Report on lock hospitals in British Burma
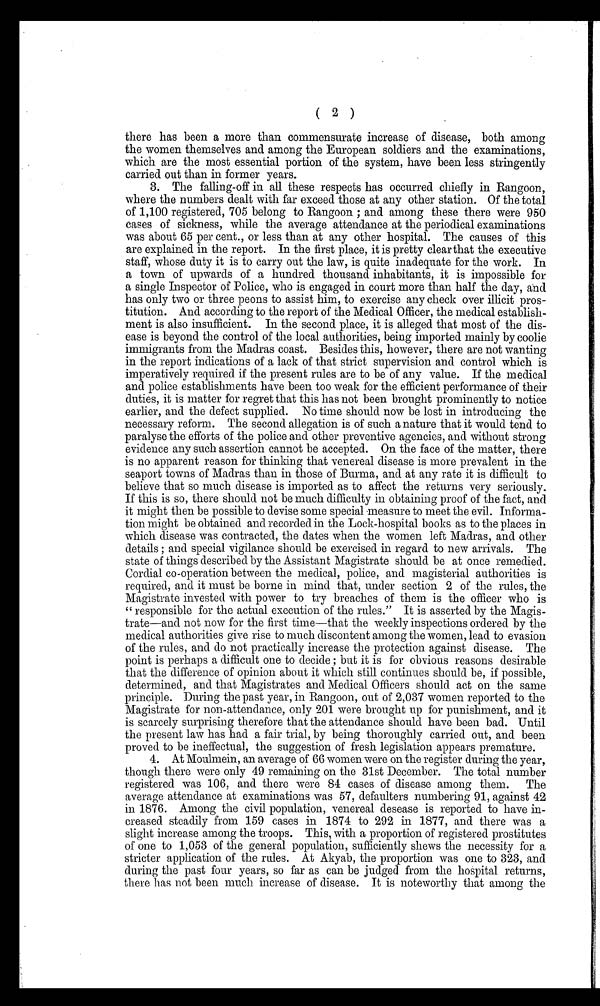
( 2 )
there has been a more than commensurate increase of disease, both among
the women themselves and among the European soldiers and the examinations,
which are the most essential portion of the system, have been less stringently
carried out than in former years.
3. The falling-off in all these respects has occurred chiefly in Rangoon,
where the numbers dealt with far exceed those at any other station. Of the total
of 1,100 registered, 705 belong to Rangoon ; and among these there were 950
cases of sickness, while the average attendance at the periodical examinations
was about 65 per cent., or less than at any other hospital. The causes of this
are explained in the report. In the first place, it is pretty clear that the executive
staff, whose duty it is to carry out the law, is quite inadequate for the work. In
a town of upwards of a hundred thousand inhabitants, it is impossible for
a single Inspector of Police, who is engaged in court more than half the day, and
has only two or three peons to assist him, to exercise any check over illicit pros-
titution. And according to the report of the Medical Officer, the medical establish-
ment is also insufficient. In the second place, it is alleged that most of the dis-
ease is beyond the control of the local authorities, being imported mainly by coolie
immigrants from the Madras coast. Besides this, however, there are not wanting
in the report indications of a lack of that strict supervision and control which is
imperatively required if the present rules are to be of any value. If the medical
and police establishments have been too weak for the efficient performance of their
duties, it is matter for regret that this has not been brought prominently to notice
earlier, and the defect supplied. No time should now be lost in introducing the
necessary reform. The second allegation is of such a nature that it would tend to
paralyse the efforts of the police and other preventive agencies, and without strong
evidence any such assertion cannot be accepted. On the face of the matter, there
is no apparent reason for thinking that venereal disease is more prevalent in the
seaport towns of Madras than in those of Burma, and at any rate it is difficult to
believe that so much disease is imported as to affect the returns very seriously.
If this is so, there should not be much difficulty in obtaining proof of the fact, and
it might then be possible to devise some special measure to meet the evil. Informa-
tion might be obtained and recorded in the Lock-hospital books as to the places in
which disease was contracted, the dates when the women left Madras, and other
details ; and special vigilance should be exercised in regard to new arrivals. The
state of things described by the Assistant Magistrate should be at once remedied.
Cordial co-operation between the medical, police, and magisterial authorities is
required, and it must be borne in mind that, under section 2 of the rules, the
Magistrate invested with power to try breaches of them is the officer who is
"responsible for the actual execution of the rules." It is asserted by the Magis-
trate—and not now for the first time—that the weekly inspections ordered by the
medical authorities give rise to much discontent among the women, lead to evasion
of the rules, and do not practically increase the protection against disease. The
point is perhaps a difficult one to decide ; but it is for obvious reasons desirable
that the difference of opinion about it which still continues should be, if possible,
determined, and that Magistrates and Medical Officers should act on the same
principle. During the past year, in Rangoon, out of 2,037 women reported to the
Magistrate for non-attendance, only 201 were brought up for punishment, and it
is scarcely surprising therefore that the attendance should have been bad. Until
the present law has had a fair trial, by being thoroughly carried out, and been
proved to be ineffectual, the suggestion of fresh legislation appears premature.
4. At Moulmein, an average of 66 women were on the register during the year,
though there were only 49 remaining on the 31st December. The total number
registered was 106, and there were 84 cases of disease among them. The
average attendance at examinations was 57, defaulters numbering 91, against 42
in 1876. Among the civil population, venereal desease is reported to have in-
creased steadily from 159 cases in 1874 to 292 in 1877, and there was a
slight increase among the troops. This, with a proportion of registered prostitutes
of one to 1,053 of the general population, sufficiently shows the necessity for a
stricter application of the rules. At Akyab, the proportion was one to 323, and
during the past four years, so far as can be judged from the hospital returns,
there has not been much increase of disease. It is noteworthy that among the